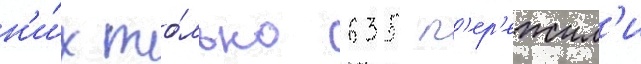
н'и́х то́лько 635 п'ер'ежил'и